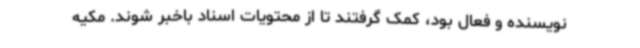
نویسنده و فعال بود، کمک گرفتند تا از محتویات اسناد باخبر شوند. مکیه